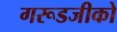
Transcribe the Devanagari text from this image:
गरूडजीको